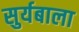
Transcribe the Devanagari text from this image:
सुर्यबाला